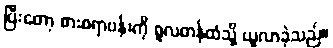
ပြီးတော့ စားစရာဗန်းကို စူလတန်ထံသို့ ယူလာခဲ့သည်။